画像に写った文字を読んでください
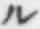
「ル」と書いてあります